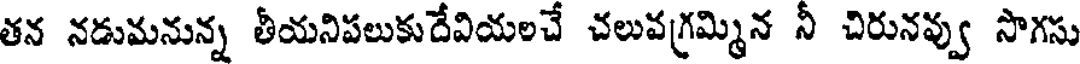
తన నడుమనున్న తీయనిపలుకుదేవియలచే చలువగ్రమ్మిన నీ చిరునవ్వు సొగసు